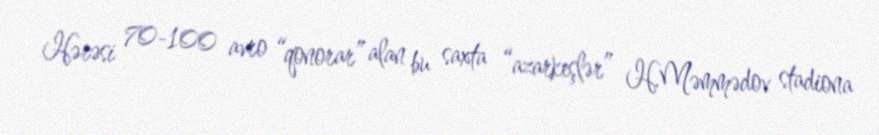
Hərəsi 70-100 avro “qonorar” alan bu saxta “azarkeşlər” H.Məmmədov stadiona